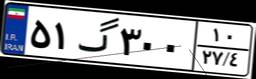
۵۱گ۳۰۰۱۰